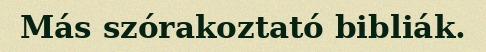
Más szórakoztató bibliák.